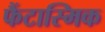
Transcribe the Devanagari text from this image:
फैंटास्मिक